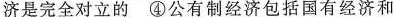
济是完全对立的 ④公有制经济包括国有经济和